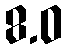
8.0